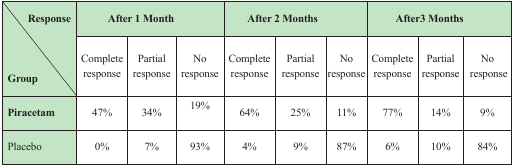
| Response | <COLSPAN=3> After 1 Month | <COLSPAN=3> After 2 Months | <COLSPAN=3> After3 Months |
 | --- | --- | --- | --- | --- | --- | --- | --- | --- | --- |
 | Group | Complete response | Partial response | No response | Complete response | Partial response | No response | Complete response | Partial response | No response |
 | Piracetam | 47% | 34% | 19% | 64% | 25% | 11% | 77% | 14% | 9% |
 | Placebo | 0% | 7% | 93% | 4% | 9% | 87% | 6% | 10% | 84% |